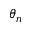
\theta _ { n }